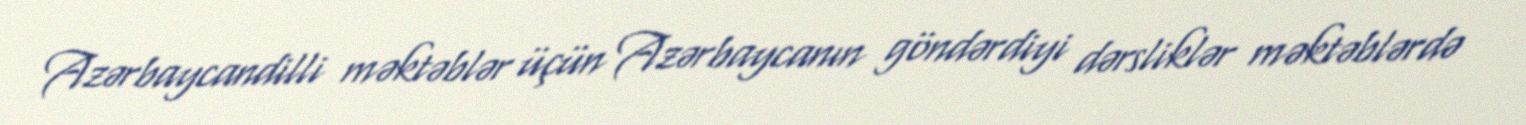
Azərbaycandilli məktəblər üçün Azərbaycanın göndərdiyi dərsliklər məktəblərdə